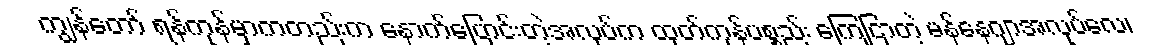
ကျွန်တော် ရန်ကုန်မှာကတည်းက နောက်ပြောင်းတဲ့အလုပ်က ထုတ်ကုန်ပစ္စည်း ကြေငြာတဲ့ မန်နေဂျာအလုပ်လေ၊